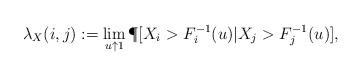
LaTeX: \begin{align*}\lambda_X(i,j):= \lim_{ u \uparrow 1} \P [ X_i > F_i^{-1}(u) | X_j > F_j^{-1}(u)],\end{align*}